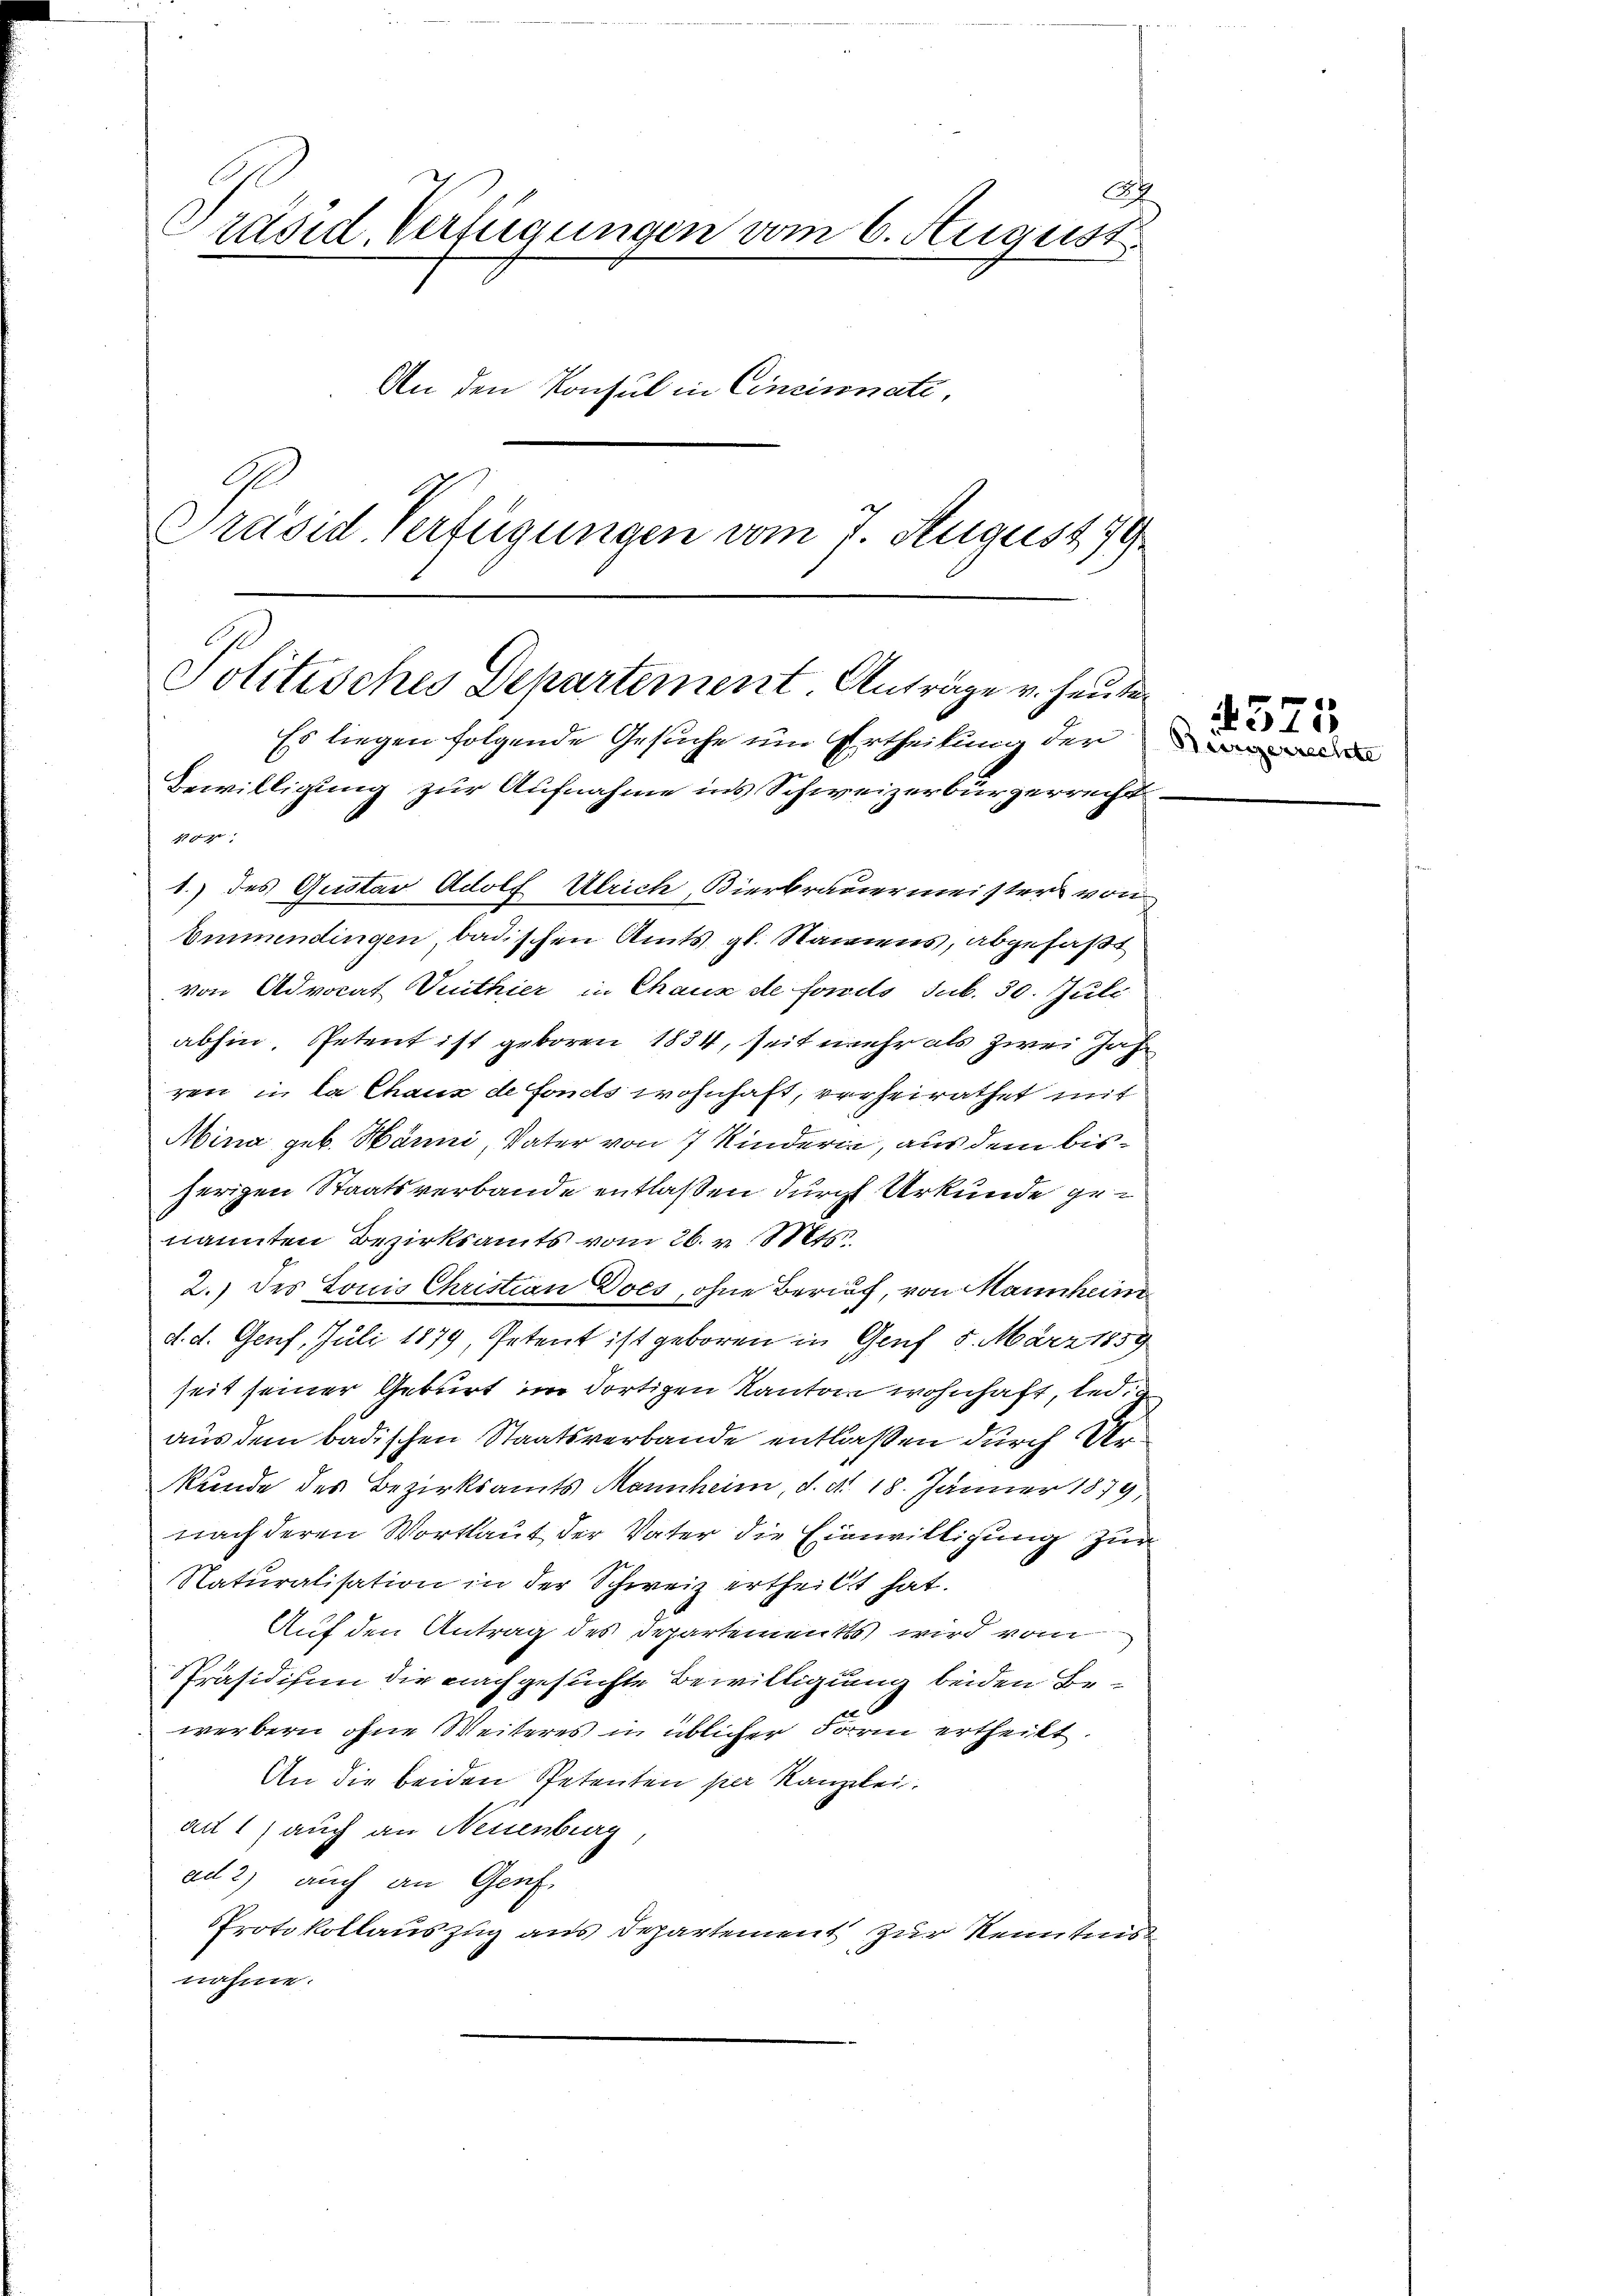
A
Präsid. Verfügungen vom 6. August.
An den Konsul in Cincinnate,
Präsid Verfügungen vom 7. August 19

Politisches Departement. Anträge v. heute
Es liegen folgende Gesuche um Urtheilung der
Bewilligung zur Aufnahme ins Schweizerbürgerrecht¬
10
1.) des Gustav Adolf Ulrich, Bierbrauermeisters von

Emmendingen, badischen Amts gl. Namens, abgefaßt
von Advocat Vuithier in Chaux de forels sub. 30. Juli
abhin, Petent ist geboren 1834, Zeit mehr als zwei Jahr
ren in la Chaux de fonds wohnhaft, verheirathet mit
Mina geb. Hänni Vater von 7 Kindern, aus dem bisherigen Staatsverbande entlaßen durch Urkunde genannten Bezirksamts vom 26. v. Mts.
2.) des Louis Christian Does, ohne Brief, von Mannheim
d. d. Genf, Juli 1879, Petent ist geboren in Genf 5. März 1859
seit seiner Geburt im dortigen Kanton wohnhaft, ledig
aus dem badischen Staatsverbande entlaßen durch Urkunde des Bezirksamts Mannheim, d. d. 18. Jänner 1879,
nach deren Wortlaut der Vater die Einwilligung zur
Naturalisation in der Schweiz ertheilt hat.
Auf den Antrag des Departements wird vom
Präsidium die nachgesuchte Bewilligung beiden Bewerbern ohne Weiteres in üblicher Form ertheilt.
An die beiden Petenten per Kanzlei.
an 1) auch an Neuenburg,
ad 2) auch an Genf,
Protokollauszug aus Departement zur Kenntnis
nahme.

575